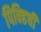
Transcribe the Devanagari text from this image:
पिक्हिची